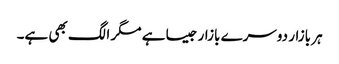
ہر بازار دوسرے بازار جیسا ہے مگر الگ بھی ہے۔